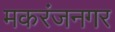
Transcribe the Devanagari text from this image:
मकरंजनगर